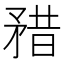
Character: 矠